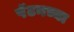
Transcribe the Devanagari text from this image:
पॅटनच्या